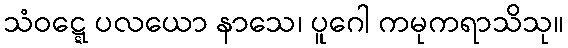
သံဝဋ္ဋေ ပလယော နာသေ၊ ပူဂေါ ကမုကရာသိသု။